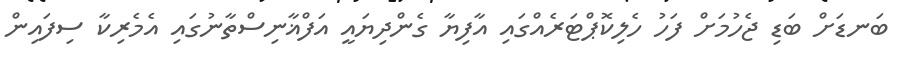
ބަނޑަށް ބަޑި ޖެހުމަށް ފަހު ހެލިކޮޕްޓަރެއްގައި އާފިޔާ ގެންދިޔައީ އަފްޣާނިސްތާނުގައި އެމެރިކާ ސިފައިން